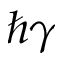
\hbar \gamma